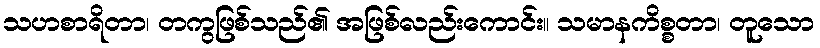
သဟစာရိတာ၊ တကွဖြစ်သည်၏ အဖြစ်လည်းကောင်း။ သမာနကိစ္စတာ၊ တူသော